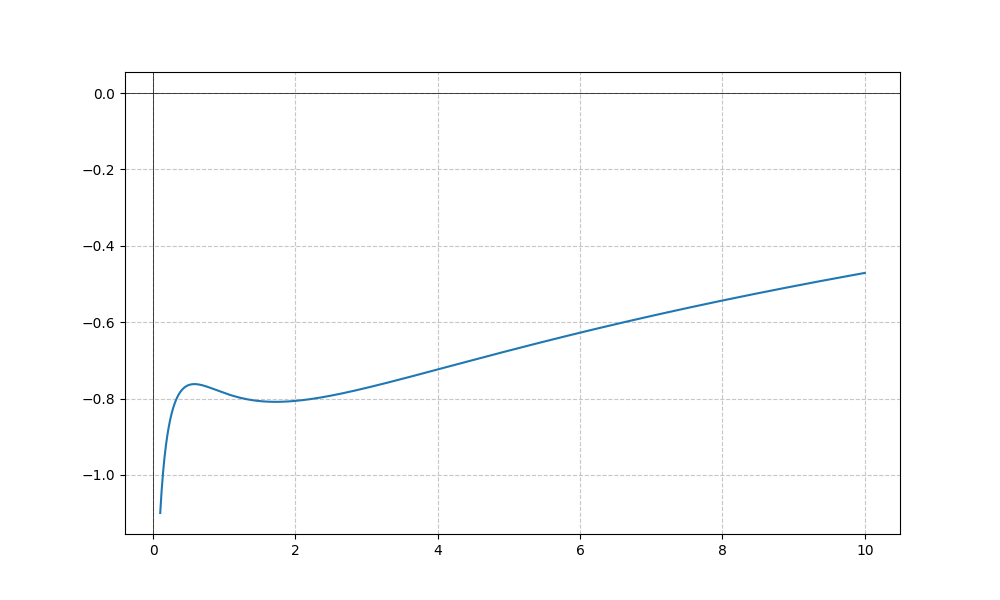
LaTeX formula: \frac{\log{\left(x \right)}}{\log{\left(10 \right)}} - \operatorname{atan}{\left(x \right)}